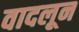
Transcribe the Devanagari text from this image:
वादलून